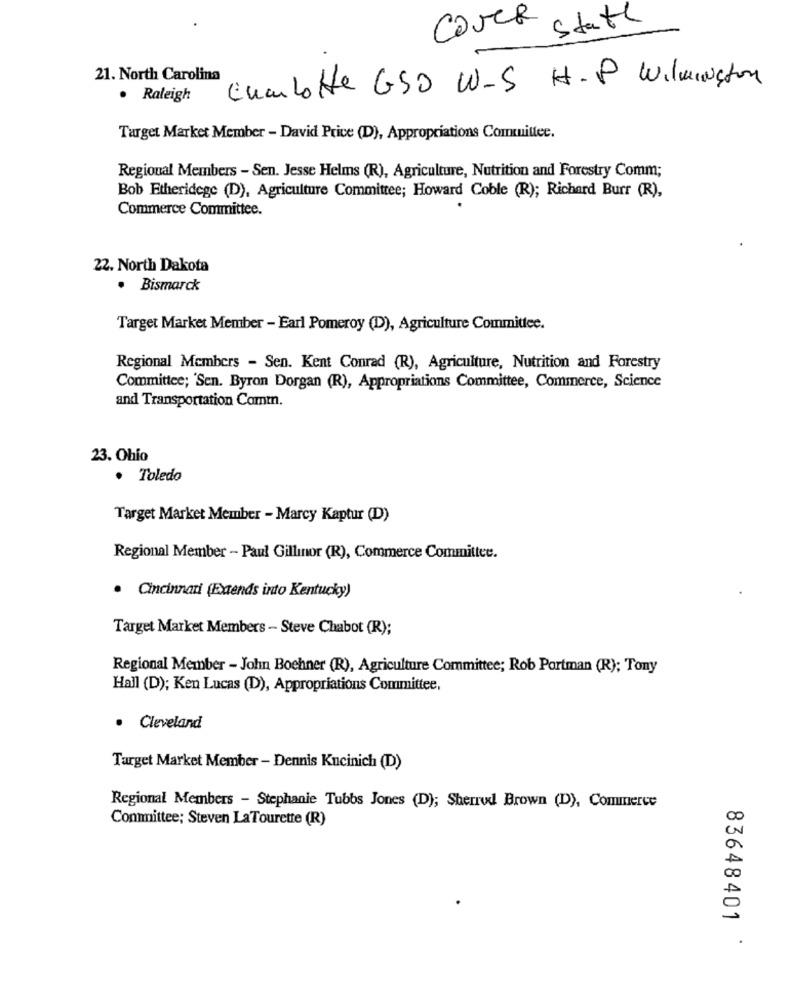
Cover stath
21. North Carolina
Charlotte GSD W-S H.P Wilmington
. Raleigh
Target Market Member - David Price (D), Appropriations Committee.
Regional Members - Sen. Jesse Helms (R), Agriculture, Nutrition and Forestry Comm;
Bob Etheridege (D), Agriculture Committee; Howard Coble (R); Richard Burr (R),
Commerce Committee.
22. North Dakota
· Bismarck
Target Market Member - Earl Pomeroy (D), Agriculture Committee.
Regional Members - Sen. Kent Conrad (R), Agriculture, Nutrition and Forestry
Committee; 'Sen. Byron Dorgan (R), Appropriations Committee, Commerce, Science
and Transportation Comt.
23. Ohio
· Toledo
Target Market Member - Marcy Kaptur (D)
Regional Member - Paul Gillinor (R), Commerce Committee.
· Cincinnati (Extends into Kentucky)
Target Market Members - Steve Chabot (R);
Regional Member - John Boehner (R), Agriculture Committee; Rob Portman (R); Tony
Hall (D); Ken Lucas (D), Appropriations Committee,
· Cleveland
Target Market Member - Dennis Kucinich (D)
Regional Members - Stephanie Tubbs Jones (D); Sherrod Brown (D), Commerce
Committee; Steven LaTourette (R)
83648401 .